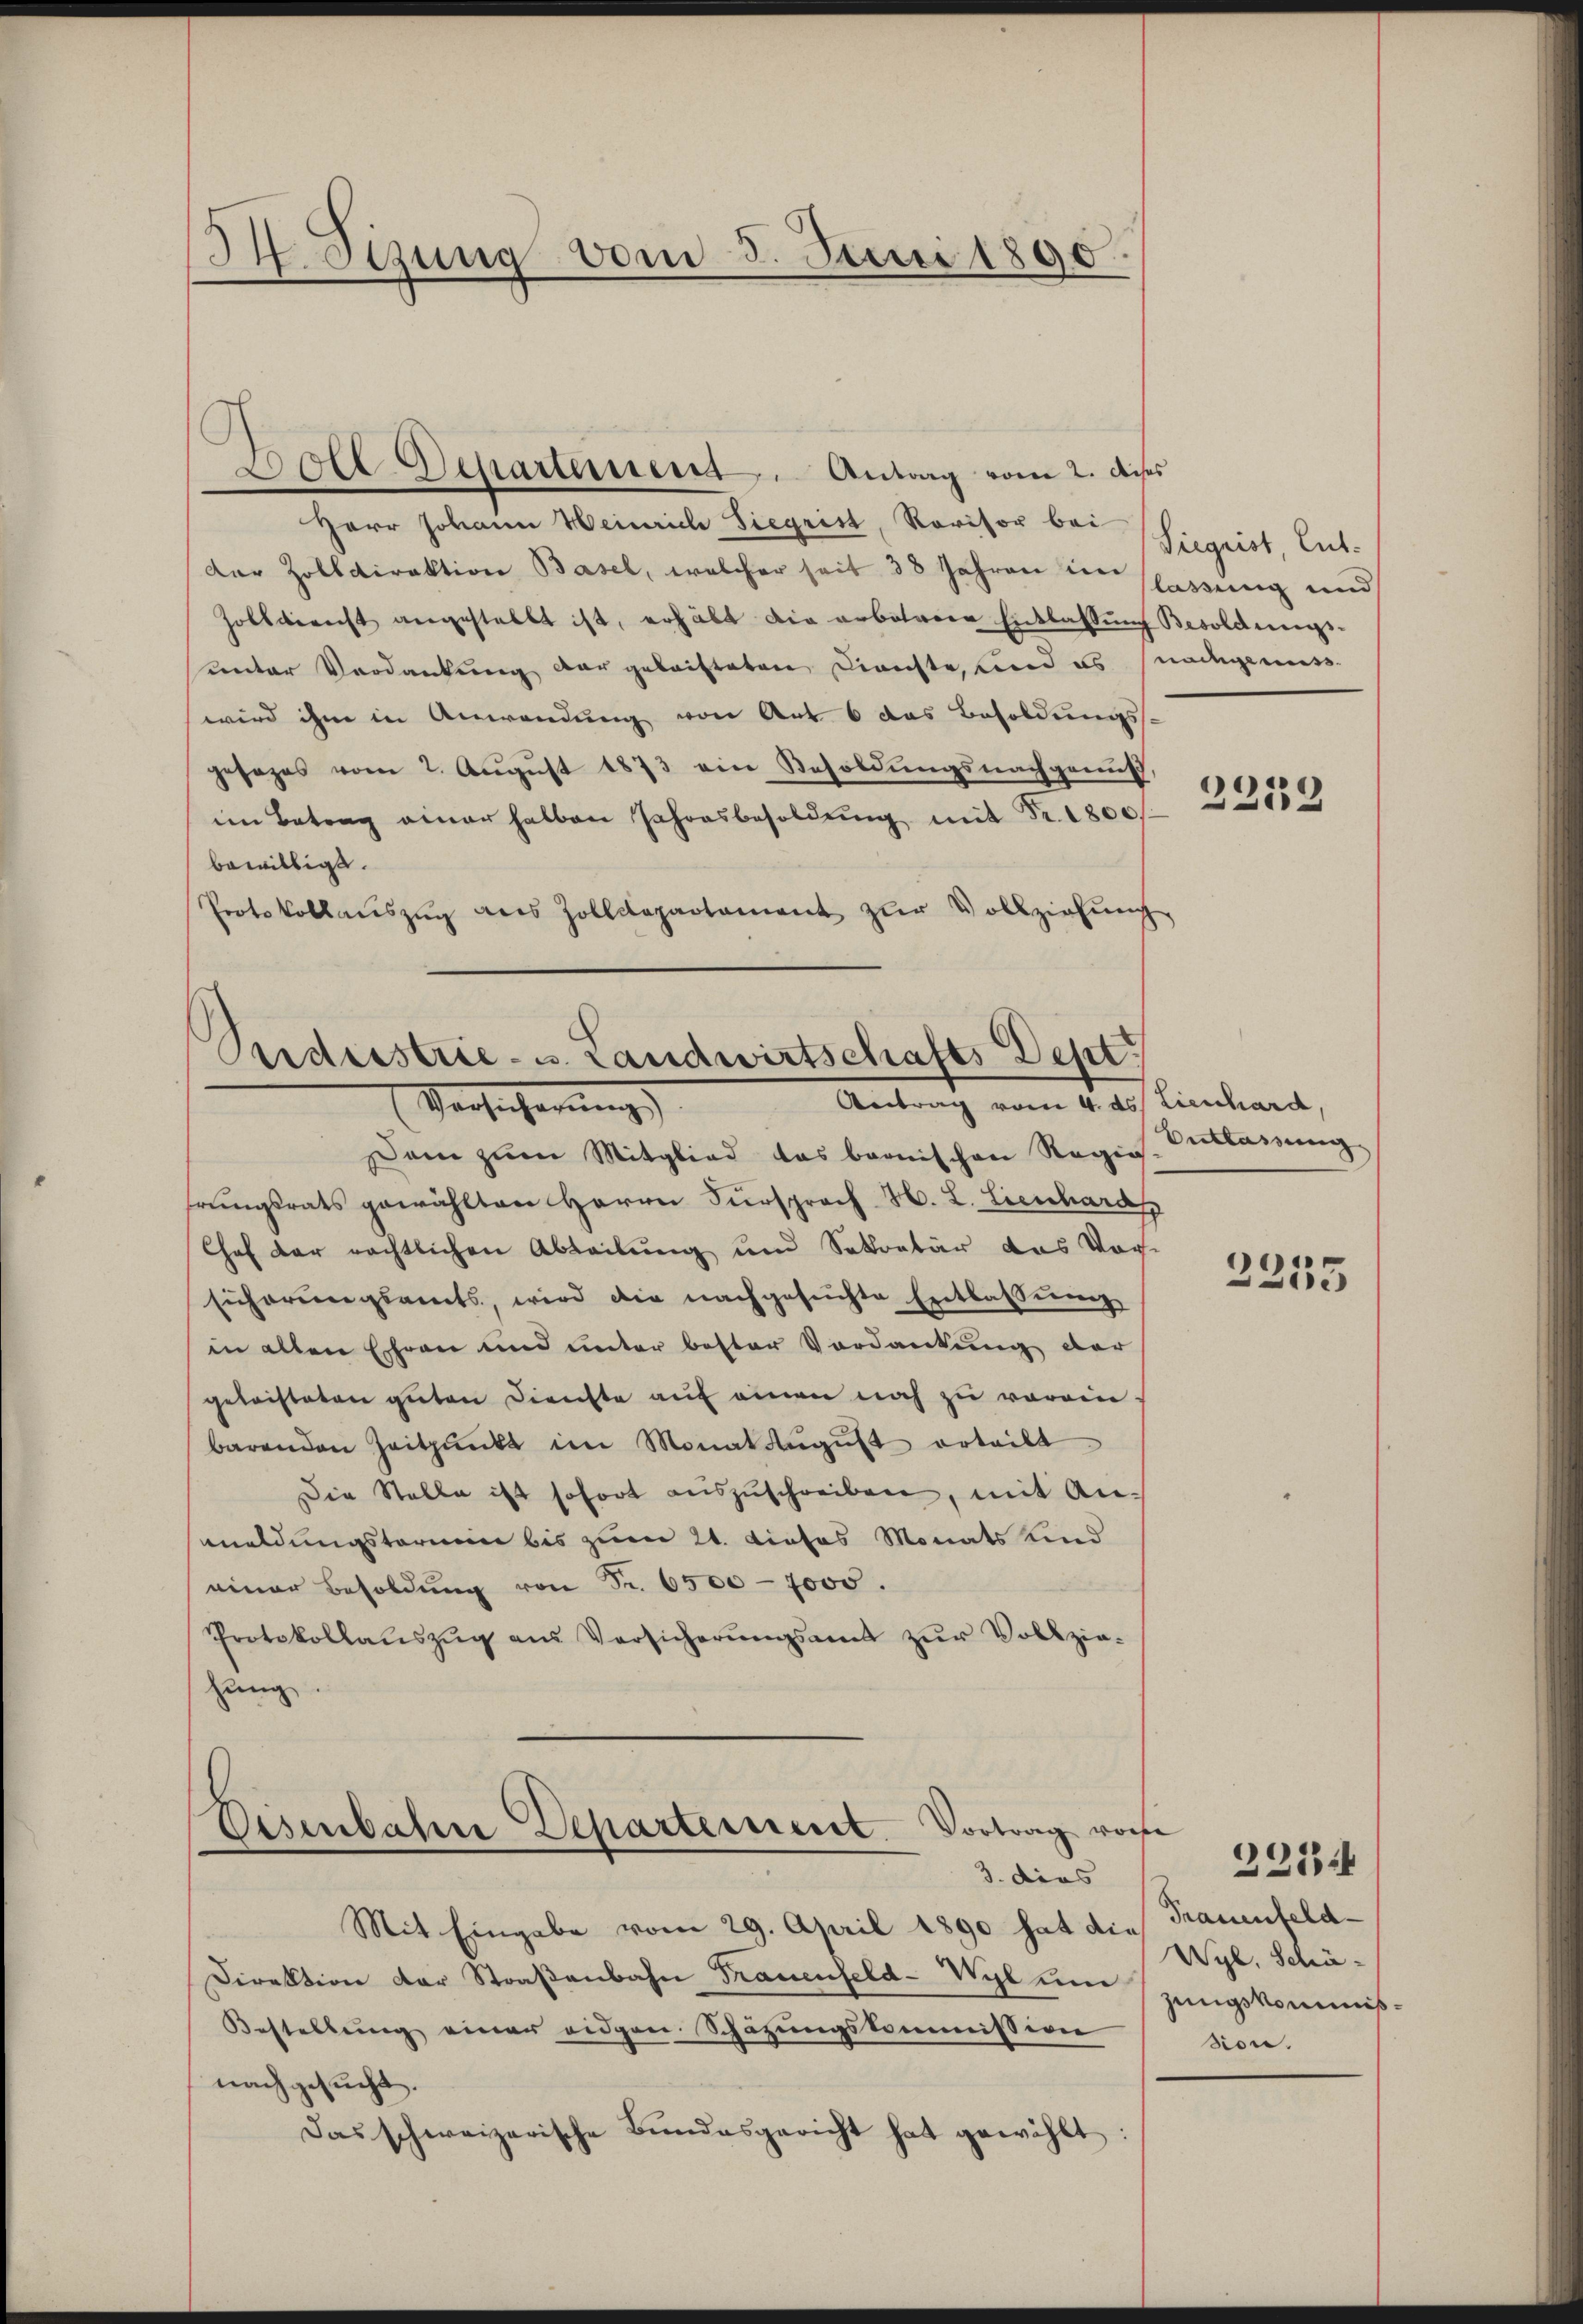
II. Sezung vom 5. Juni 1890.

Woll Departement. Antrag vom 2. dieses
Herr Johann Heinrich Siegrist, Revisor bei
der Zolldirektion Basel, welcher seit 38 Jahren den lassung und
Hobberecht angestellt ist, erhält die erbohrere Entlassung Besoldungs-
unter Verdankung der geleisteten Dienste, und es nachgemess
wird ihm in Anwendung von Aus 6 das Besoldungs-
gesages vom 2. Aŭgŭst 1873 ein Besoldŭngsnachgenus,
im Betrag einer halben Jahresbesoldŭng mit Fr. 1800
bewilligt.
Protokollauszug aus Zolldepartament zur Vollziehung

Seiderstrie- u. Landwirtschafts Dept
Antrag vom 4. ds Lienhard,
Versicherung

Dam zum Mitglied das bernischen Regie-
hrungsrats gewählten Herrn Fürsprach H. L. Lienhards
Chef der rechtlichen Abteilung und Sekretär das Vor-
sicherŭngsamts, wird die nachgesuchte Entlassŭng
in allen Ehren und unter bester Vordankung der
geleisteten gŭten Dienste aŭf einen noch zu vorein-
barenden Zeitpunkt im Monat Aŭgŭst erteilt
Die Stelle ist sofort aŭszŭschreiben, mit Anmeldungstermin bis zum 21. dieses Monats Kind
einer Besoldŭng von Fr. 6500 - 7000.
Protokollaŭszŭg an Versicherŭngsamt zŭr Vollzie-
hung

Mit Eingabe vom 29. April 1890 hat die Frauenfeld¬
Direktion der Straßenbahn Trauenfeld-Wyl un
Bestellŭng einer eidgen. Schäzŭngskommission
nachgesucht.
Das schweizerische Bŭndesgericht hat gewählt:

Disenbahne Departement. Vortrag vorhe
3. dies

Siegrist, Ent¬

2259

Beiklassung

2255

Wyl, Schäzungskommißsion.

2234